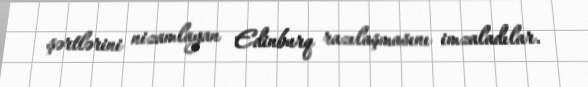
şərtlərini nizamlayan Edinburq razılaşmasını imzaladılar.